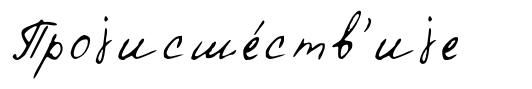
Проjисше́ств'иjе